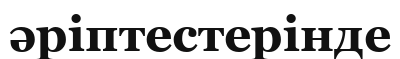
әріптестерінде